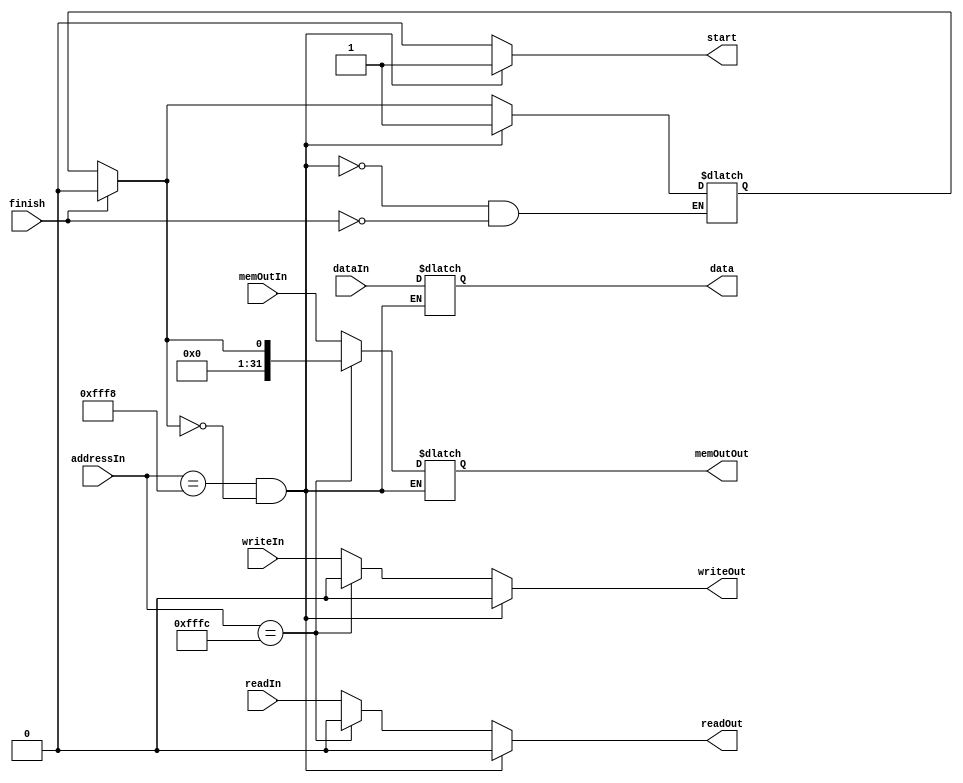
module device_manager(
		input [31:0] memOutIn,
		input [31:0] addressIn, dataIn,
		input readIn, writeIn, finish,
		output reg readOut, writeOut,
		output reg start,
		output reg [31:0] data,
    output reg [31:0] memOutOut
	);

    reg statusReg;

	localparam deviceAddress = 32'b00000000000000001111111111111000;
  localparam statusAddress = 32'b00000000000000001111111111111100;

	always @ ( * ) begin

        if(finish == 1) begin
            statusReg =0;
        end
        if (addressIn == deviceAddress && statusReg == 0) begin
            data = dataIn;
            readOut = 0;
            writeOut = 0;
            start = 1;
            statusReg = 1;
        end
        else if(addressIn == statusAddress) begin
        	memOutOut = statusReg;
        	readOut = 0;
            writeOut = 0;
        	start = 0;
       	end else begin
			      memOutOut = memOutIn;
            readOut = readIn;
            writeOut = writeIn;
            start = 0;
        end

    end

endmodule